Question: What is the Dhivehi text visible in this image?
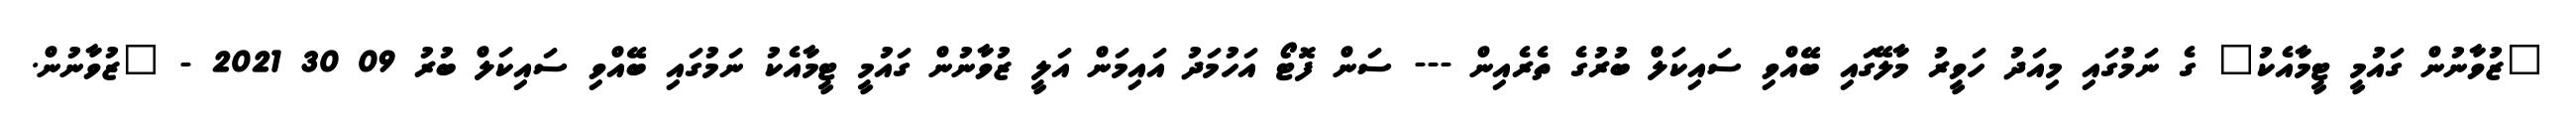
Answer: "ޒުވާނުން ގައުމީ ޓީމާއެކު" ގެ ނަމުގައި މިއަދު ހަވީރު މާލޭގައި ބޭއްވި ސައިކަލް ބުރުގެ ތެރެއިން --- ސަން ފޮޓޯ އަހުމަދު އައިމަން އަލީ ޒުވާނުން ގައުމީ ޓީމާއެކު ނަމުގައި ބޭއްވި ސައިކަލް ބުރު 09 30 2021 - "ޒުވާނުން.